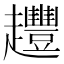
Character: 𧾳